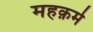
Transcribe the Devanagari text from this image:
महक़मे